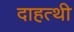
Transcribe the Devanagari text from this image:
दाहत्थी